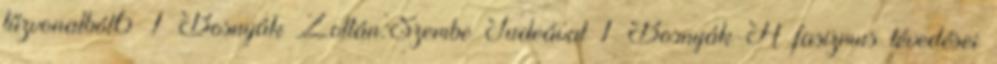
tűzvonalból6 1 Bosnyák Zoltán:Szembe Judeával 1 Bosnyák-A fasizmus tévedései